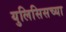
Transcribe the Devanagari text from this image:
युलिसिसच्या